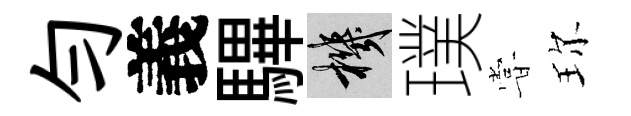
勻義驆機璞甞珎